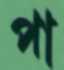
পা